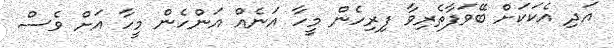
އަދި އެކަކަށް ބޭވަފާތެރިވާ ފިރިހެން މީހާ އަނެއް އަންހެން މީހާ އަށް ވެސް